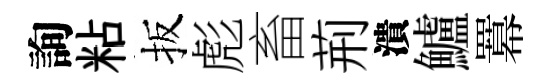
詢粘扳彪畜荊潰鱸羃